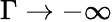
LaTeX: \Gamma\rightarrow-\infty